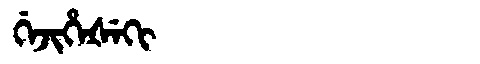
Manchu: ᡤᡝᠵᡳᡥᡝᡧᡝᡴᡳ
Romanization: GEJIHEŠEKI